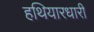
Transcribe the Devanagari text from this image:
हथियारधारी